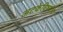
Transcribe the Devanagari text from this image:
अटकेविषयीचे